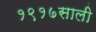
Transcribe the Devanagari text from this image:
१९१७साली